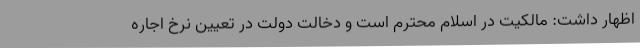
اظهار داشت: مالکیت در اسلام محترم است و دخالت دولت در تعیین نرخ اجاره